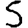
Digit: 5